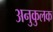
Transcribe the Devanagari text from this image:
अनुकुलक